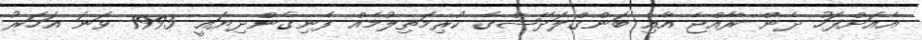
އެއަށްފަހު ދެން ރާއްޖެ އާއި ބަންގްލަދޭޝްގެ ކުރިމަތިލުމެއް ފެނިގެންދިޔައީ 1995 ވަނަ އަހަރު